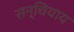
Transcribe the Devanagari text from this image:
सन्चियाय